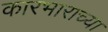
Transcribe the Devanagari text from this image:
कारभाराच्या